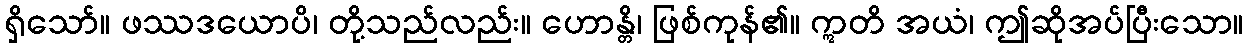
ရှိသော်။ ဖဿဒယောပိ၊ တို့သည်လည်း။ ဟောန္တိ၊ ဖြစ်ကုန်၏။ ဣတိ အယံ၊ ဤဆိုအပ်ပြီးသော။